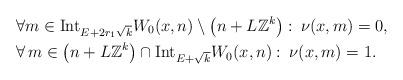
LaTeX: \begin{align*} & \forall m\in \mathrm{Int}_{E+2r_1\sqrt{k}} W_0(x,n) \setminus \left(n+L\mathbb{Z}^k\right): \> \nu(x,m)=0, \\ & \forall \, m\in \left(n+L\mathbb{Z}^k\right) \cap \mathrm{Int}_{E+\sqrt{k}}W_0(x,n): \> \nu(x,m)=1. \end{align*}